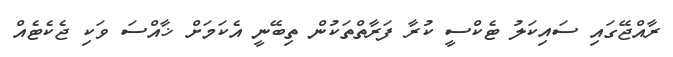
ރާއްޖޭގައި ސައިކަލު ޓެކްސީ ކުރާ ފަރާތްތަކުން ތިބޭނީ އެކަމަށް ޚާއްސަ ވަކި ޖެކެޓެއް